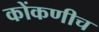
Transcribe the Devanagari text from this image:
कोंकणीच